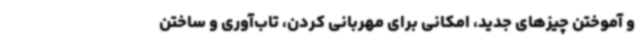
و آموختن چیزهای جدید، امکانی برای مهربانی کردن، تاب‌آوری و ساختن